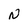
Character: N